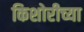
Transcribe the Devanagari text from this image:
किशोरीच्या